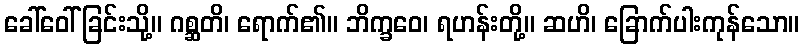
ခေါ်ဝေါ်ခြင်းသို့။ ဂစ္ဆတိ၊ ရောက်၏။ ဘိက္ခဝေ၊ ရဟန်းတို့။ ဆဟိ၊ ခြောက်ပါးကုန်သော။